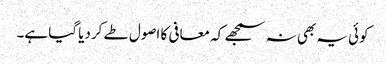
کوئی یہ بھی نہ سمجھے کہ معافی کا اصول طے کردیا گیا ہے۔